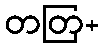
တတြ+